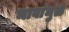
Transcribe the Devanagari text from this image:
भावांमुळे